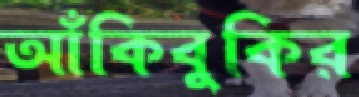
আঁকিবুকির